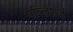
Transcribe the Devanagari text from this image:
पब्लिशर्ज